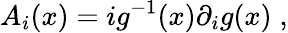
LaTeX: A_{i}(x)=ig^{-1}(x)\partial_{i}g(x)\; ,